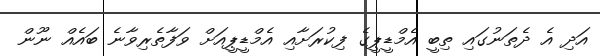
އަދި އެ ދެތަނުގައި ތިބީ އެމްޑީޕީގެ ފިކުރަށާއި އެމްޑީޕީއަށް ވަފާތެރިވާނެ ބައެއް ނޫން